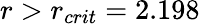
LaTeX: r>r_{crit}=2.198